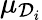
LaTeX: \mu_{\mathcal{D}_{i}}